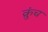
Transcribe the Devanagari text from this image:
क्रुंच